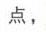
点，